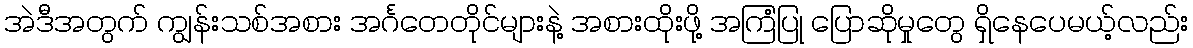
အဲဒီအတွက် ကျွန်းသစ်အစား အင်္ဂတေတိုင်များနဲ့ အစားထိုးဖို့ အကြံပြု ပြောဆိုမှုတွေ ရှိနေပေမယ့်လည်း